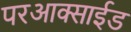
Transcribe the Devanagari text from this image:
परआक्साईड